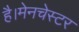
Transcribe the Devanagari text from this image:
है।मेनचेस्टर